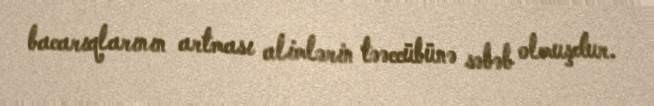
bacarıqlarının artması alimlərin təəccübünə səbəb olmuşdur.